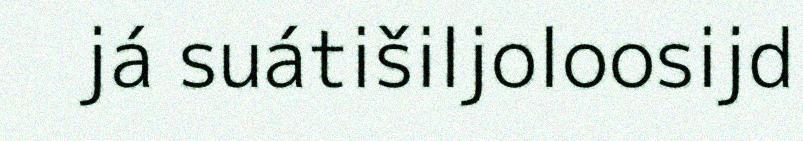
já suátišiljoloosijd